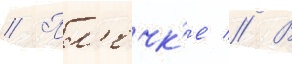
// Пл'ечк'е // В